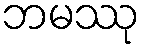
ဘမဿု